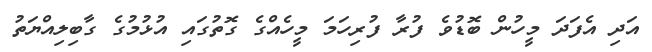
އަދި އެފަދަ މީހުން ބޮޑުވެ ފުރާ ފުރިހަމަ މީހެއްގެ ގޮތުގައި އުޅުމުގެ ގާބިލިއްޔަތު